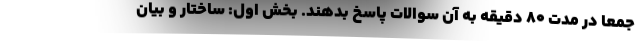
جمعاً در مدت ۸۰ دقیقه به آن سوالات پاسخ بدهند. بخش اول: ساختار و بیان